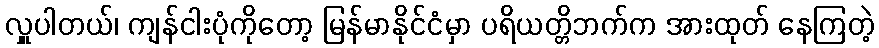
လှူပါတယ်၊ ကျန်ငါးပုံကိုတော့ မြန်မာနိုင်ငံမှာ ပရိယတ္တိဘက်က အားထုတ် နေကြတဲ့